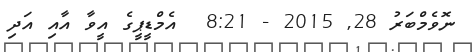
ނޮވެމްބަރު 28